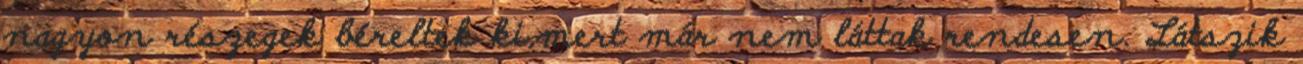
nagyon részegek béreltek ki,mert már nem láttak rendesen. Látszik